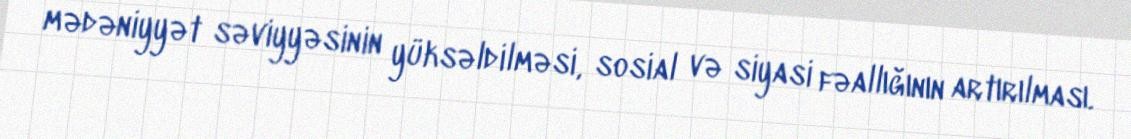
mədəniyyət səviyyəsinin yüksəldilməsi, sosial və siyasi fəallığının artırılması.